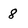
Character: 8